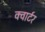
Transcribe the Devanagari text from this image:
क्‍वार्टर